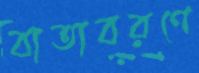
বাতাবরণে